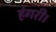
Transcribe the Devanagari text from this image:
हंगरी।